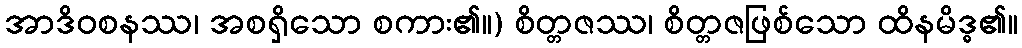
အာဒိဝစနဿ၊ အစရှိသော စကား၏။) စိတ္တဇဿ၊ စိတ္တဇဖြစ်သော ထိနမိဒ္ဓ၏။